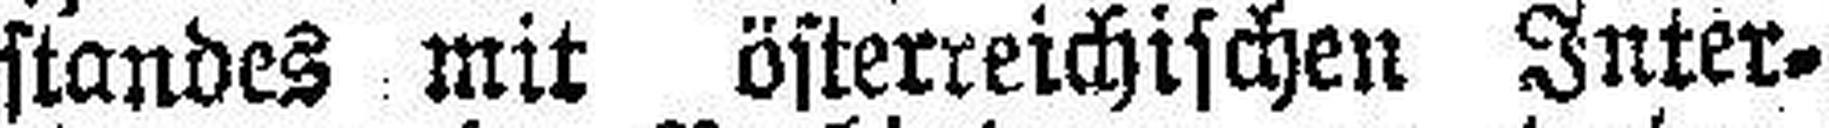
standes mit österreichischen Inter¬